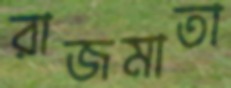
রাজমাতা